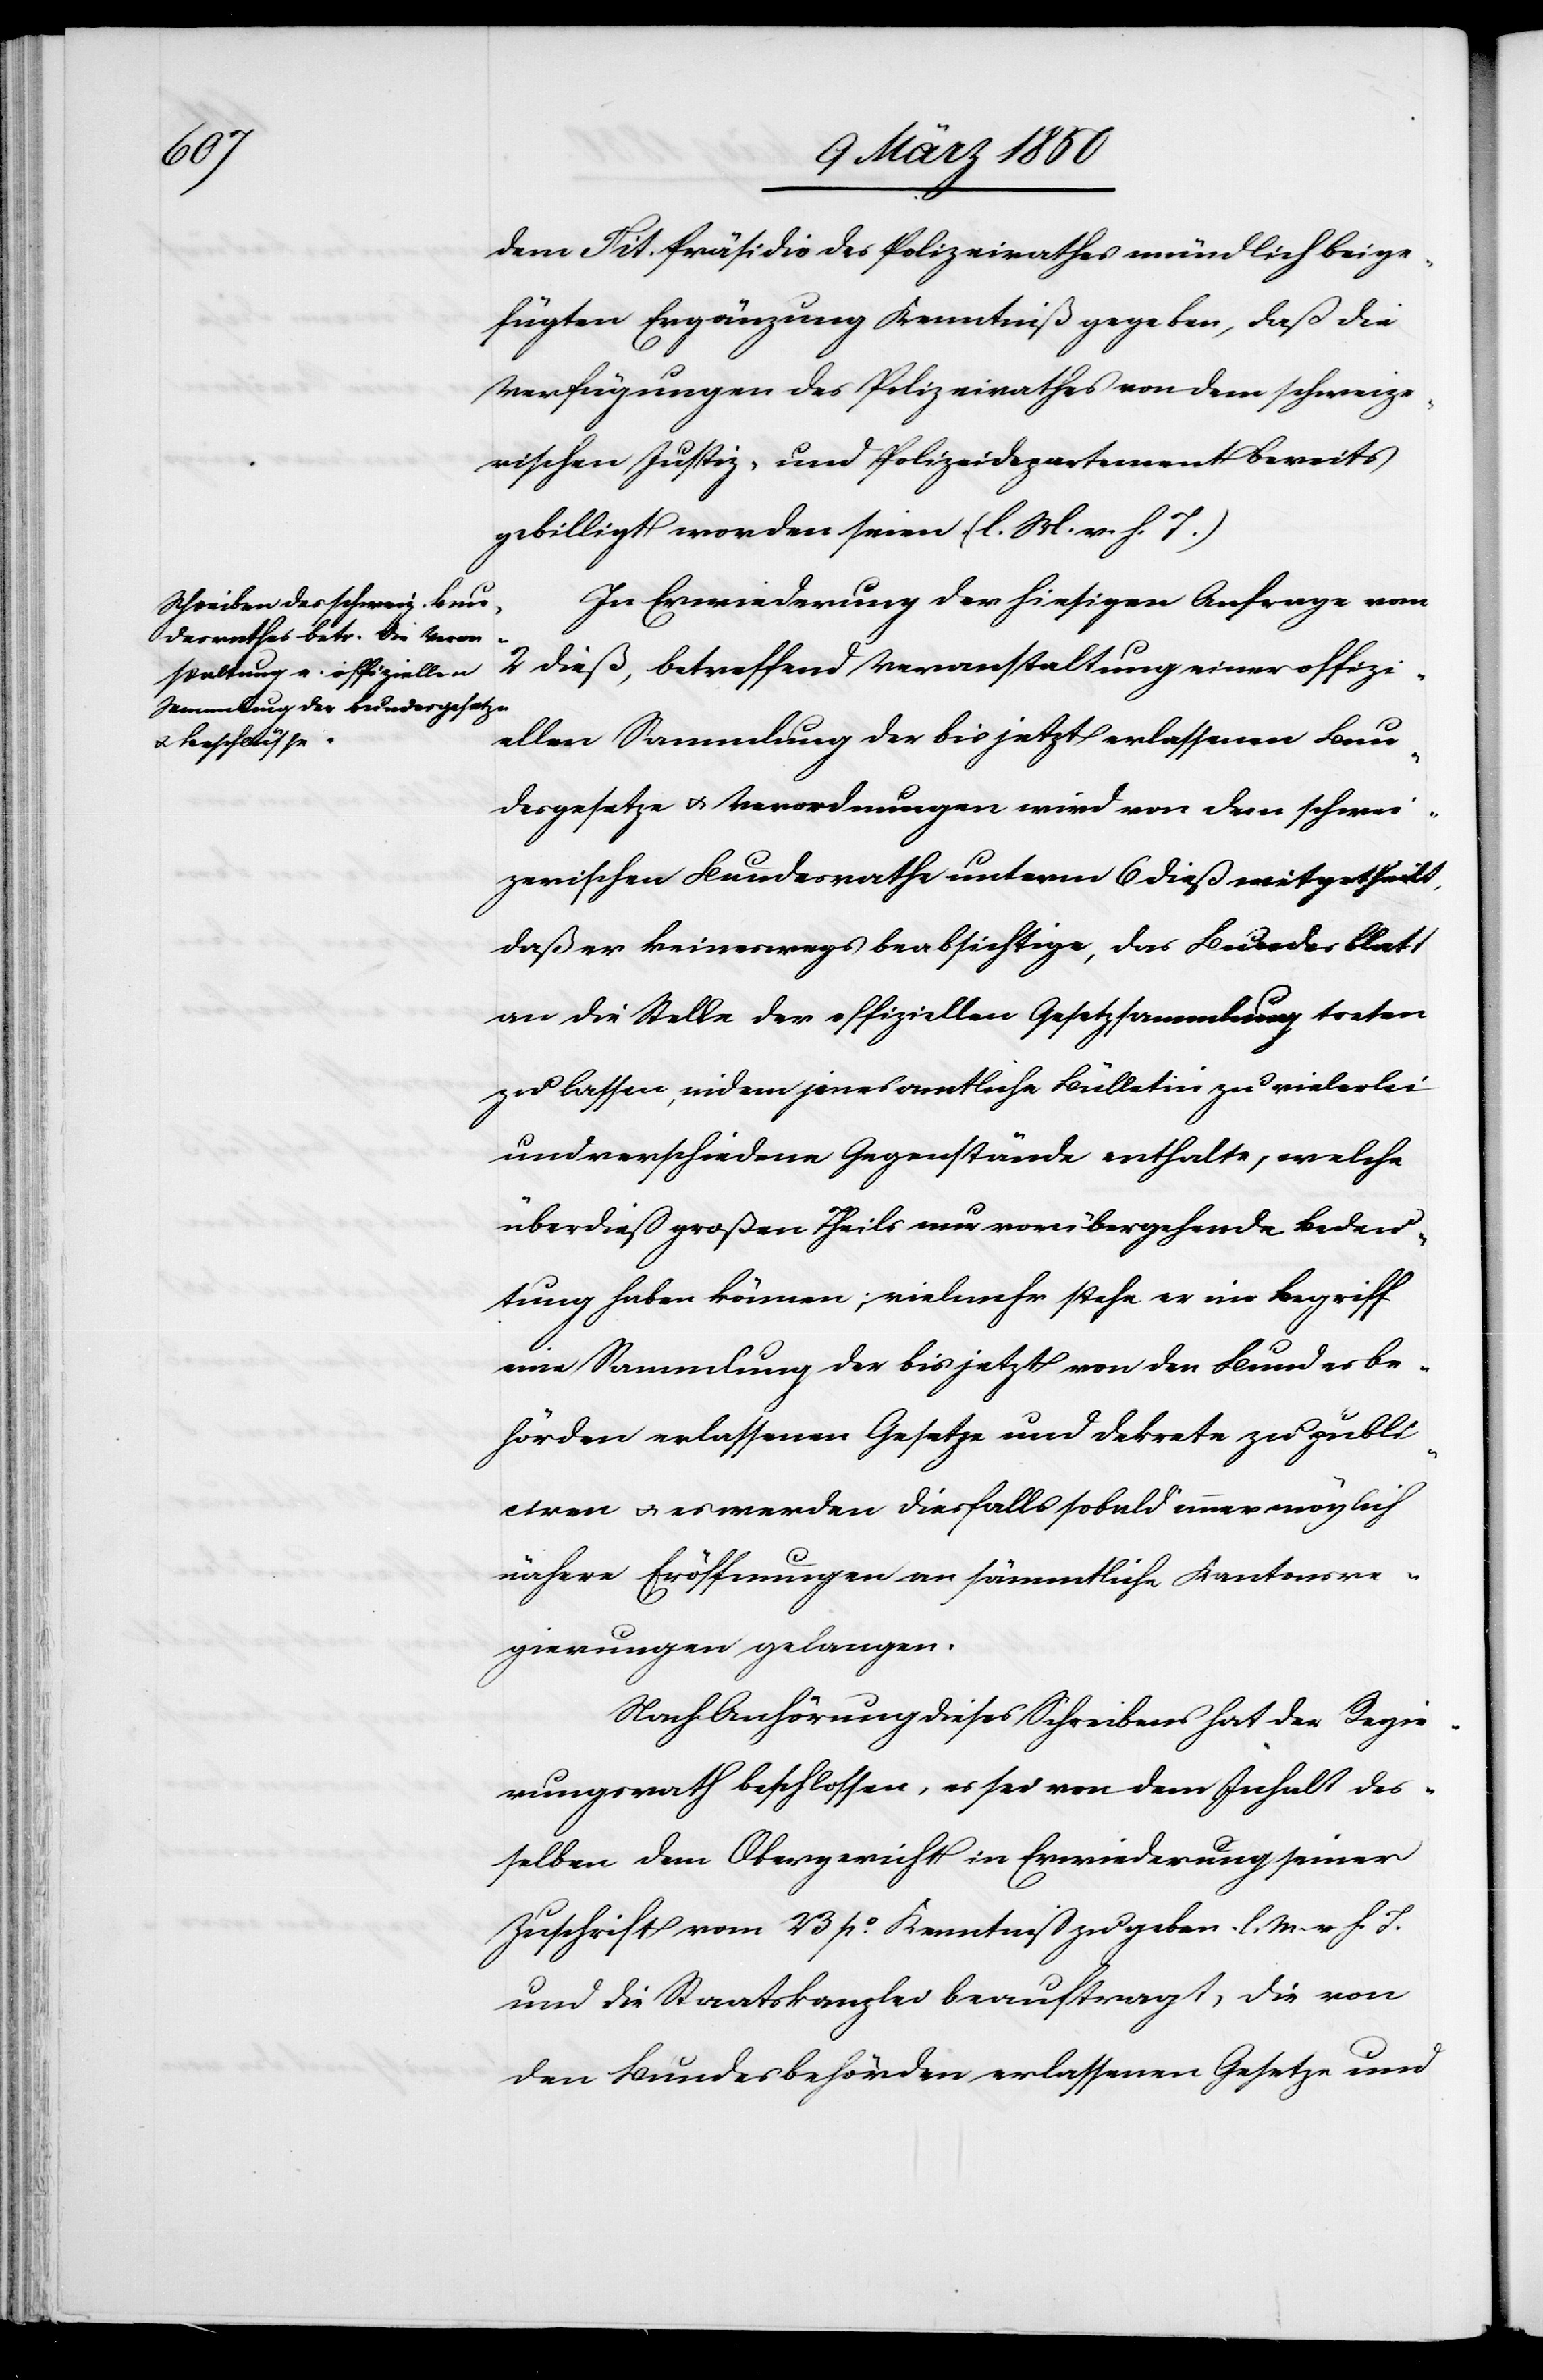
dem Tit. Präsidio des Polizeirathes mündlich beige¬
fügten Ergänzung Kenntniß gegeben, daß die
Verfügungen des Polizeirathes von dem schweize¬
rischen Justiz- und Polizeidepartement bereits
gebilligt worden seien. (l. M. v. h. T.)
In Erwiederung der hiesigen Anfrage vom
2 dieß, betreffend Veranstaltung einer offizi¬
ellen Sammlung der bis jetzt erlassenen Bun¬
desgesetze u. Verordnungen wird von dem schwei¬
zerischen Bundesrathe unterm 6 dieß mitgetheilt,
daß er keineswegs beabsichtige, das Bundesblatt
an die Stelle der offiziellen Gesetzsammlung treten
zu lassen, indem jenes amtliche Bülletin zu vielerlei
und verschiedene Gegenstände enthalte, welche
überdieß großen Theils nur vorübergehende Bedeu¬
tung haben können; vielmehr stehe er im Begriff
eine Sammlung der bis jetzt von den Bundesbe¬
hörden erlassenen Gesetze und Dekrete zu publi¬
ciren u. es werden diesfalls sobald immer möglich
nähere Eröffnungen an sämmtliche Kantonsre¬
gierungen gelangen.
Nach Anhörung dieses Schreibens hat der Regie¬
rungsrath beschlossen, es sei von dem Inhalt des¬
selben dem Obergericht in Erwiederung seiner
Zuschrift vom 23 p.o Kenntniß zu geben. l. M. v. h. T.
und die Staatskanzlei beauftragt, die von
den Bundesbehörden erlassenen Gesetze und